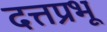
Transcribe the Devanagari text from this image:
दत्तप्रभू